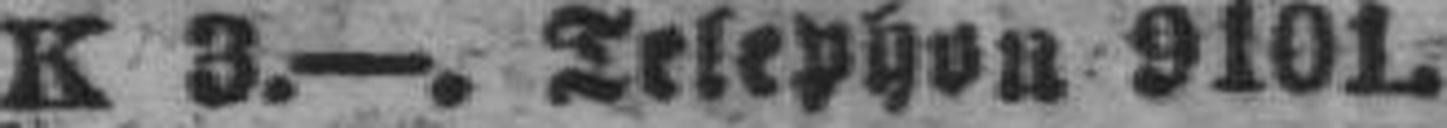
K 3.—. Telephon 9101.